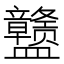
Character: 𰥊